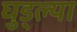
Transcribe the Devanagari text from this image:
घुड्ल्या